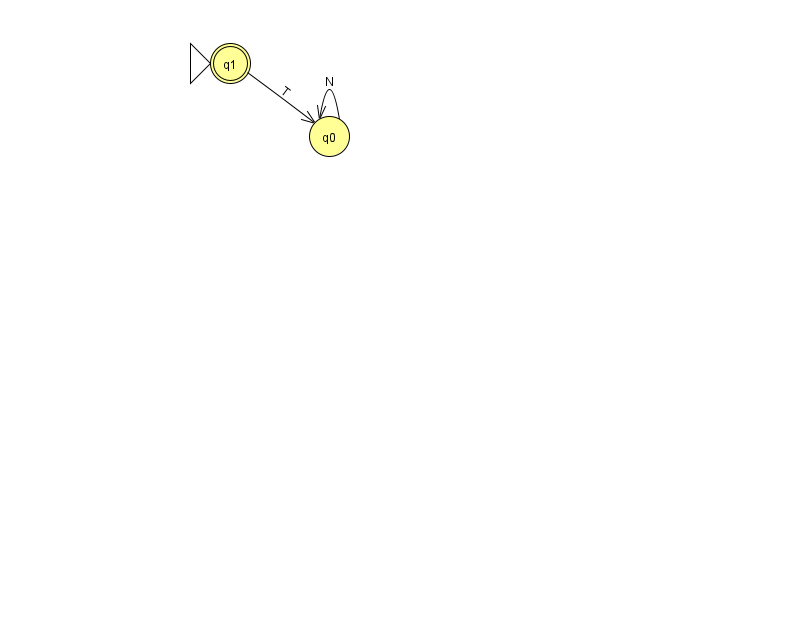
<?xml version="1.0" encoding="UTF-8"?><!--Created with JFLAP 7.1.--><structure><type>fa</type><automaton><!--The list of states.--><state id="0" name="q0"><x>329.0</x><y>123.0</y></state><state id="1" name="q1"><x>230.0</x><y>50.0</y><initial/><final/></state><!--The list of transitions.--><transition><from>1</from><to>0</to><read>T</read></transition><transition><from>0</from><to>0</to><read>N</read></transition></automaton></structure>